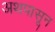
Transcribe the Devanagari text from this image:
अथपासून